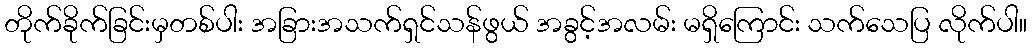
တိုက်ခိုက်ခြင်းမှတစ်ပါး အခြားအသက်ရှင်သန်ဖွယ် အခွင့်အလမ်း မရှိကြောင်း သက်သေပြ လိုက်ပါ။